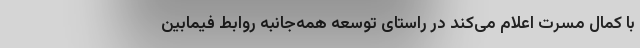
با کمال مسرت اعلام می‌کند در راستای توسعه همه‌جانبه روابط فیمابین